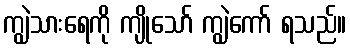
ကျွဲသားရေကို ကျိုသော် ကျွဲကော် ရသည်။